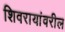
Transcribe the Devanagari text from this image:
शिवरायांवरील